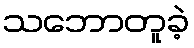
သဘောတူခဲ့